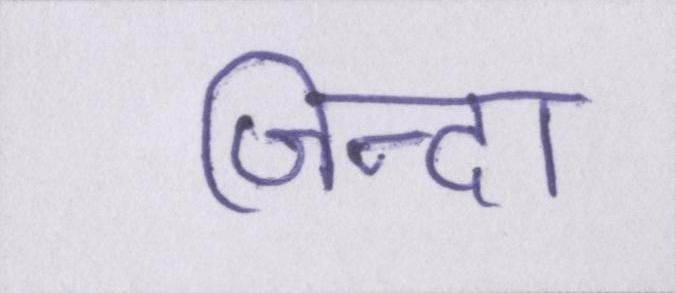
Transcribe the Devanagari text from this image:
जिन्दा